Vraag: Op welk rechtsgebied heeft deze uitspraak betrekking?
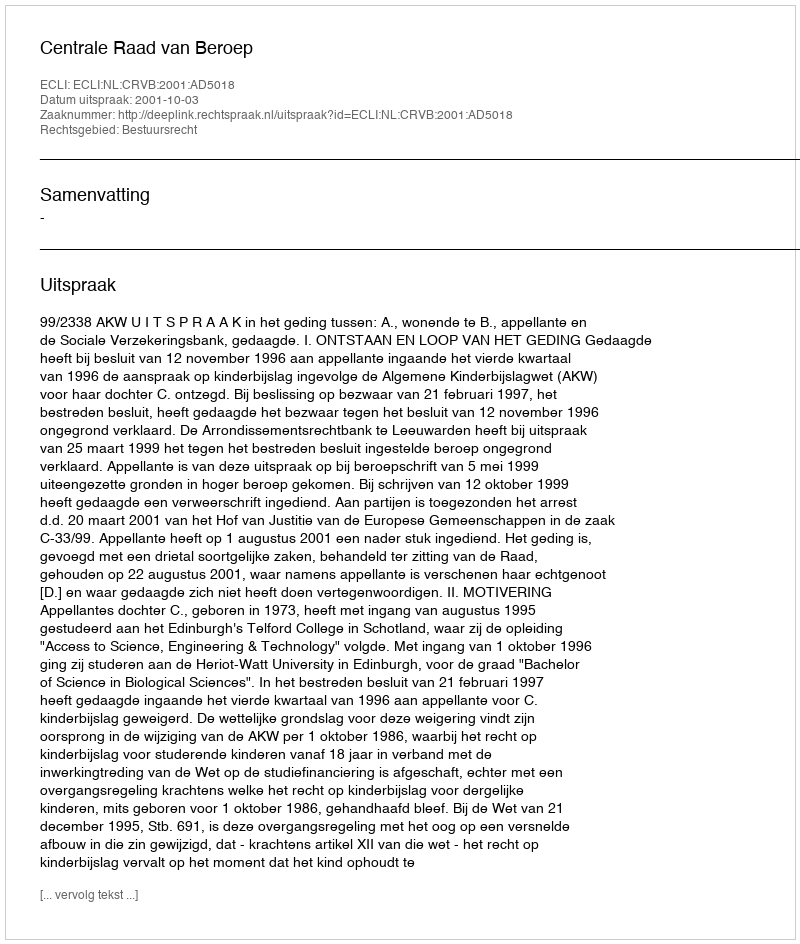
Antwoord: Bestuursrecht